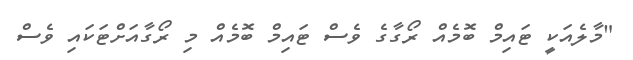
"މާލެއަކީ ޓައިމް ބޮމެއް ރޯގާގެ ވެސް ޓައިމް ބޮމެއް މި ރޯގާއަށްޓަކައި ވެސް